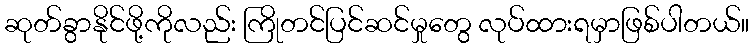
ဆုတ်ခွာနိုင်ဖို့ကိုလည်း ကြိုတင်ပြင်ဆင်မှုတွေ လုပ်ထားရမှာဖြစ်ပါတယ်။